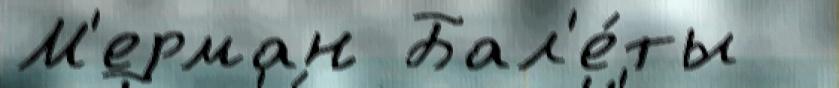
М'ерман Бал'е́ты